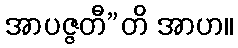
အာပဇ္ဇတီ”တိ အာဟ။